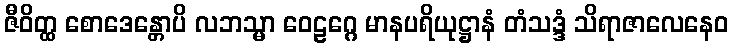
ဇီဝိတ္ထ စောဒေန္တောပိ လဘသ္မာ ဝေဠဂ္ဂေ မာနပရိယုဋ္ဌာနံ တံသဒ္ဒံ သိရာဇာလေနေဝ